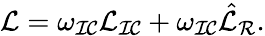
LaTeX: \mathcal{L}=\omega_{\mathcal{IC}}\mathcal{L}_{\mathcal{IC}}+\omega_{\mathcal{IC}}\hat{\mathcal{L}}_{\mathcal{R}}.